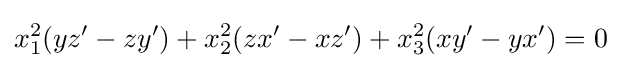
x_{1}^{2}(yz'-zy')+x_{2}^{2}(zx'-xz')+x_{3}^{2}(xy'-yx')=0